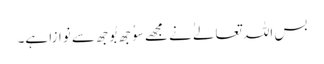
بس اللہ تعالےٰ نے مجھے سوُجھ بُوجھ سے نوازا ہے۔